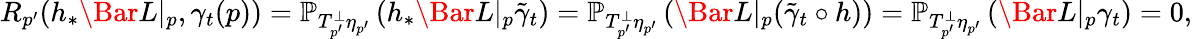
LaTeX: \begin{array}{r}{R_{p^{\prime}}(h_{\ast}\Bar L|_{p},\gamma_{t}(p))=\mathbb{P}_{T_{p^{\prime}}^{\bot}\eta_{p^{\prime}}}\left(h_{\ast}\Bar L|_{p}\tilde{\gamma}_{t}\right)=\mathbb{P}_{T_{p^{\prime}}^{\bot}\eta_{p^{\prime}}}\left(\Bar L|_{p}(\tilde{\gamma}_{t}\circ h)\right)=\mathbb{P}_{T_{p^{\prime}}^{\bot}\eta_{p^{\prime}}}\left(\Bar L|_{p}\gamma_{t}\right)=0,}\end{array}